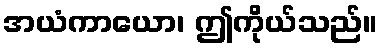
အယံကာယော၊ ဤကိုယ်သည်။